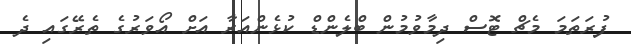
ފުރަތަމަ މެޗް ޓޮސް ދިމާވުމުން ބްލެންޑް ކުޅެންއަރާ އަށް އޯވަރުގެ ތެރޭގައި ދެ